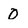
Character: O